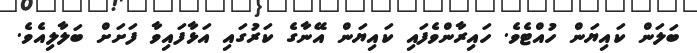
ބަލަން ކައިޔަން ހުއްޓެވެ. ހައިރާންވެފައި ކައިޔަން އޭނާގެ ކަރުގައި އަޅާފައިވާ ފަށަށް ބަލާލިއެވެ.